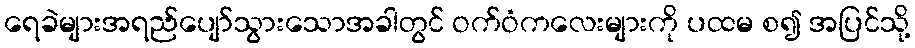
ရေခဲများအရည်ပျော်သွားသောအခါတွင် ဝက်ဝံကလေးများကို ပထမ စ၍ အပြင်သို့